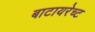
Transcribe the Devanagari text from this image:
बाटायरेच्ट